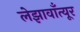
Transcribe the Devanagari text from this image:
लेझावाँत्यूर